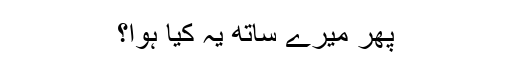
پھر میرے ساتھ یہ کیا ہوا؟